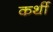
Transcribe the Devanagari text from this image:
कर्थी